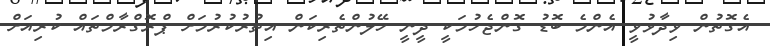
އެގޮތުން ވިދާޅުވީ އެންމެ ބޮޑު ގޮންޖެހުމަކީ ދީނީ ހޭލުންތެރިކަން އިތުރުކުރުމަށް ޕްރޮގްރާމްތައް ކުރިއަށް